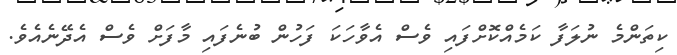
ކިތަންމެ ނުލަފާ ކަމެއްކޮށްފައި ވެސް އެވާހަކަ ފަހުން ބުނެފައި މާފަށް ވެސް އެދޭނެއެވެ.